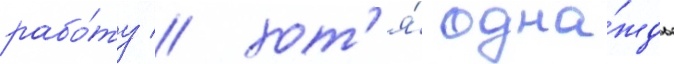
рабо́ту / хот'я́ одна́жды